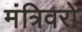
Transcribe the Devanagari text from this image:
मंत्रिवरो